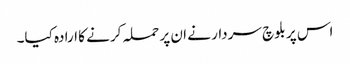
اس پر بلوچ سردار نے ان پر حملہ کرنے کا ارادہ کیا۔